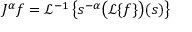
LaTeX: J ^ { \alpha } f = { \mathcal { L } } ^ { - 1 } \left\{ s ^ { - \alpha } { \bigl ( } { \mathcal { L } } \{ f \} { \bigr ) } ( s ) \right\}